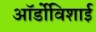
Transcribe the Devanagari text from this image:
ऑर्डोविशाई